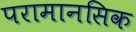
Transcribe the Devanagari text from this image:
परामानसिक